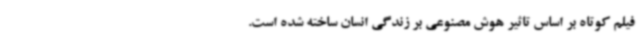
فیلم کوتاه بر اساس تاثیر هوش مصنوعی بر زندگی انسان ساخته شده است.